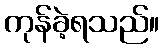
ကုန်ခဲ့ရသည်။